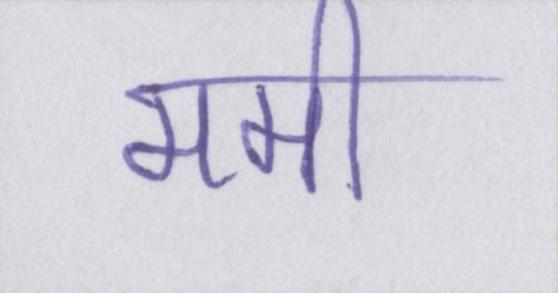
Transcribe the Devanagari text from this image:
ममी